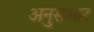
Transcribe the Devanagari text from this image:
अनुससार